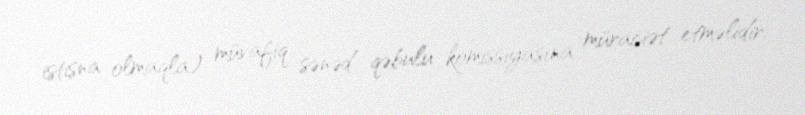
istisna olmaqla) müvafiq sənəd qəbulu komissiyasına müraciət etməlidir.